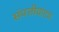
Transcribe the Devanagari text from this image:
संपत्तीवाटप